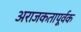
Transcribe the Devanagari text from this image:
अराजकतापूर्वक